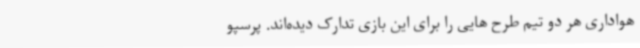
هواداری هر دو تیم طرح هایی را برای این بازی تدارک دیده‌اند. پرسپو